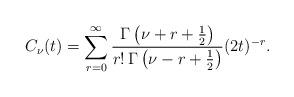
LaTeX: \begin{align*}C_{\nu}(t)= \sum_{r=0}^{\infty}{\Gamma\left(\nu +r+{1\over 2}\right)\over r!\, \Gamma\left(\nu -r+{1\over 2}\right)} (2t)^{-r}.\end{align*}